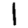
Digit: 1